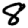
Digit: 8